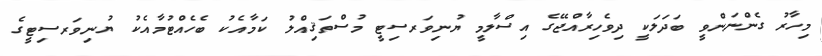
މިހާރު ގެންނަންވީ ބަދަލަކީ ދިވެހިރާއްޖޭގެ އިސްލާމީ ޔުނިވަރސިޓީ މުސްތަޤިއްލު ކަމާއެކު ބެހެއްޓުމާއެކު ޔުނިވަރސިޓީގެ